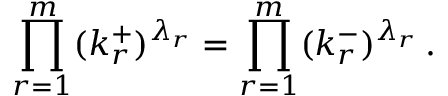
\prod _ { r = 1 } ^ { m } ( k _ { r } ^ { + } ) ^ { \lambda _ { r } } = \prod _ { r = 1 } ^ { m } ( k _ { r } ^ { - } ) ^ { \lambda _ { r } } \, .